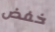
خفض